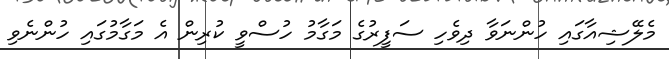
މެލޭޝިއާގައި ހުންނަވާ ދިވެހި ސަފީރުގެ މަގާމު ހުސްވީ ކުރިން އެ މަގާމުގައި ހުންނެވި